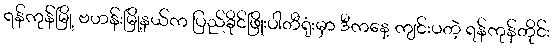
ရန်ကုန်မြို့ ဗဟန်းမြို့နယ်က ပြည်ခိုင်ဖြိုးပါတီရုံးမှာ ဒီကနေ့ ကျင်းပတဲ့ ရန်ကုန်တိုင်း